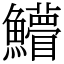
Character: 䲛